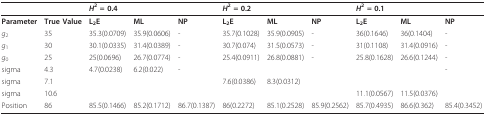
<table><thead><tr><td></td><td></td><td><b><i>H</i><sup>2 </sup>= 0.4</b></td><td></td><td></td><td><b><i>H</i><sup>2 </sup>= 0.2</b></td><td></td><td></td><td><b><i>H</i><sup>2 </sup>= 0.1</b></td><td></td><td></td></tr></thead><tbody><tr><td><b>Parameter</b></td><td><b>True Value</b></td><td><b>L<sub>2</sub>E</b></td><td><b>ML</b></td><td><b>NP</b></td><td><b>L<sub>2</sub>E</b></td><td><b>ML</b></td><td><b>NP</b></td><td><b>L<sub>2</sub>E</b></td><td><b>ML</b></td><td><b>NP</b></td></tr><tr><td><i>g</i><sub>2</sub></td><td>35</td><td>35.3(0.0709)</td><td>35.9(0.0606)</td><td>-</td><td>35.7(0.1028)</td><td>35.9(0.0905)</td><td>-</td><td>36(0.1646)</td><td>36(0.1404)</td><td>-</td></tr><tr><td><i>g</i><sub>1</sub></td><td>30</td><td>30.1(0.0335)</td><td>31.4(0.0389)</td><td>-</td><td>30.7(0.074)</td><td>31.5(0.0573)</td><td>-</td><td>31(0.1108)</td><td>31.4(0.0916)</td><td>-</td></tr><tr><td><i>g</i><sub>0</sub></td><td>25</td><td>25(0.0696)</td><td>26.7(0.0774)</td><td>-</td><td>25.4(0.0911)</td><td>26.8(0.0881)</td><td>-</td><td>25.8(0.1628)</td><td>26.6(0.1244)</td><td>-</td></tr><tr><td>sigma</td><td>4.3</td><td>4.7(0.0238)</td><td>6.2(0.022)</td><td>-</td><td></td><td></td><td></td><td></td><td></td><td>-</td></tr><tr><td>sigma</td><td>7.1</td><td></td><td></td><td></td><td>7.6(0.0386)</td><td>8.3(0.0312)</td><td></td><td></td><td></td><td></td></tr><tr><td>sigma</td><td>10.6</td><td></td><td></td><td></td><td></td><td></td><td></td><td>11.1(0.0567)</td><td>11.5(0.0376)</td><td></td></tr><tr><td>Position</td><td>86</td><td>85.5(0.1466)</td><td>85.2(0.1712)</td><td>86.7(0.1387)</td><td>86(0.2272)</td><td>85.1(0.2528)</td><td>85.9(0.2562)</td><td>85.7(0.4935)</td><td>86.6(0.362)</td><td>85.4(0.3452)</td></tr></tbody></table>